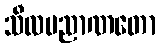
သီလပညာဏတော